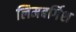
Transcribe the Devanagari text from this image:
लिमबर्गिश